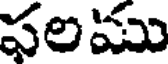
ఫలము